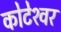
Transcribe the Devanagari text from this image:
कोटेश्‍वर